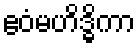
ဧဝံမဟိဒ္ဓိကာ